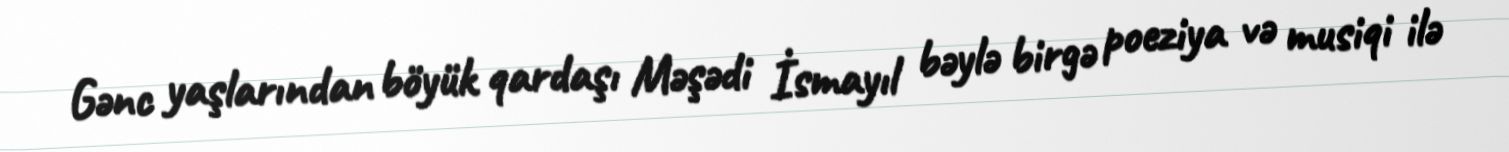
Gənc yaşlarından böyük qardaşı Məşədi İsmayıl bəylə birgə poeziya və musiqi ilə